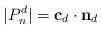
\begin{align*}|P_n^d| = \mathbf{c}_d \cdot \mathbf{n}_d\end{align*}